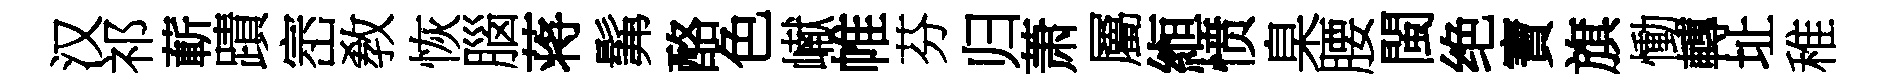
汉祁蔪蹟崈敎恢腦蒋髴酪色𪩘帷芬归萧屬縆愤臬腰閩绝寶旗慟轉址稚